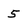
Character: 5